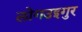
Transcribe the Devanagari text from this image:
लोगउइगुर